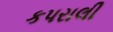
કપરાલી